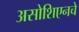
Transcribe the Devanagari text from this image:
असोशिएनचे